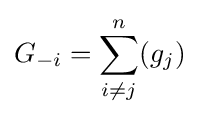
G_{-i}=\sum _{i\neq j}^{n}(g_{j})